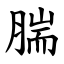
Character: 腨